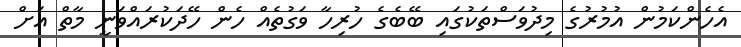
އެހެންކަމުން އުމުރުގެ މިދުވަސްތަކުގައި ބޭބެގެ ހުރިހާ ވަގުތެއް ހެން ހޭދަކުރައްވަނީ މާތް އަށް